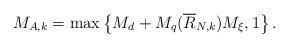
LaTeX: \begin{align*}M_{A,k}=\max\left\{M_{d}+M_q(\overline{R}_{N,k})M_\xi,1\right\}.\\\end{align*}